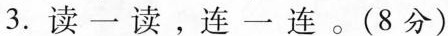
3.读一读，连一连。(8分)